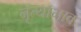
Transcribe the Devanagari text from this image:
नृत्याभाव